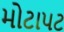
મોટાપટ